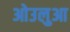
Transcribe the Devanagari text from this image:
ओउलुआ